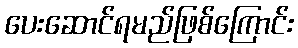
ပေးဆောင်ရမည်ဖြစ်ကြောင်း